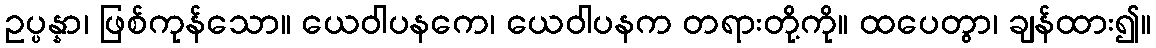
ဥပ္ပန္နာ၊ ဖြစ်ကုန်သော။ ယေဝါပနကေ၊ ယေဝါပနက တရားတို့ကို။ ထပေတွာ၊ ချန်ထား၍။